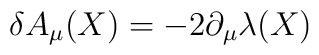
\delta A_\mu(X) = - 2 \partial_\mu \lambda(X)